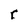
Character: r